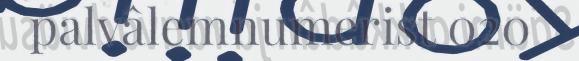
palvâlemnumerist 020